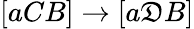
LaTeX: [aCB]\rightarrow[a\mathfrak{D}B]